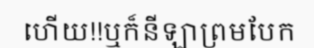
ហើយ!!ឬក៏នីឡាព្រមបែក